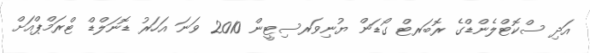
އަދި ސްކޮޓްލެންޑްގެ ރޮބަރޓް ގޯޑަން ޔުނިވަރސިޓީން 2010 ވަނަ އަހަރު ޑޮނަލްޑް ޓްރަމްޕްއަށް